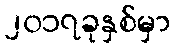
၂၀၁၇ခုနှစ်မှာ